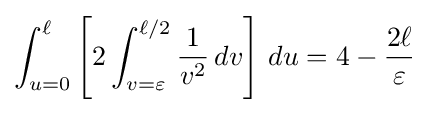
\int _{u=0}^{\ell }\left[2\int _{v=\varepsilon }^{\ell /2}{\frac {1}{v^{2}}}\,dv\right]\,du=4-{\frac {2\ell }{\varepsilon }}